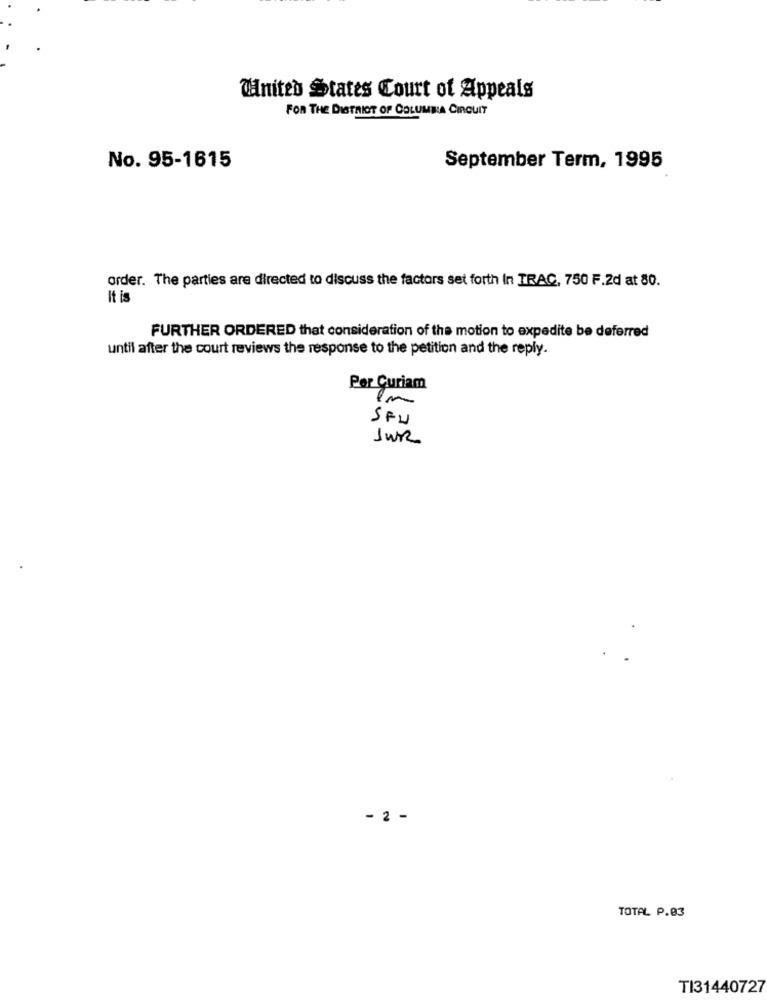
United States Court of Appeals
FOR THE DISTRICT OF COLUMBIA CIRCUIT
No. 95-1615
September Term, 1995
order. The parties are directed to discuss the factors set forth In TRAC, 750 F.2d at 80.
It is
FURTHER ORDERED that consideration of the motion to expedite be deferred
until after the court reviews the response to the petition and the reply.
Per Curiam
Tm
SF4
1WR
- 2 -
TOTAL P.03
TI31440727